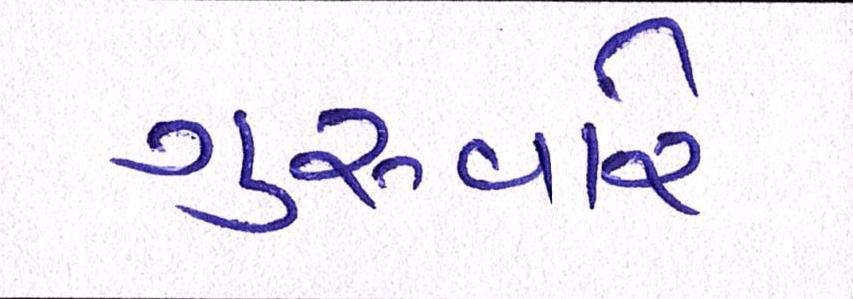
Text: ગુરુવારે